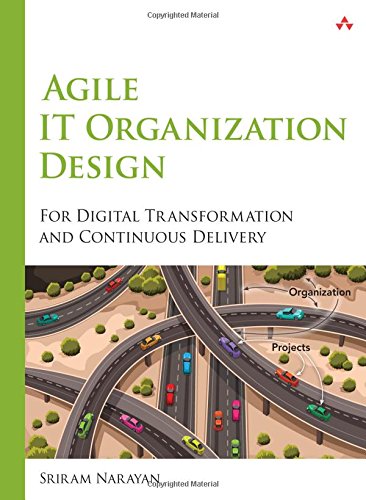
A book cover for Agile IT Organization Design: For Digital Transformation and Continuous Delivery; Sriram Narayan; Computers & Technology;